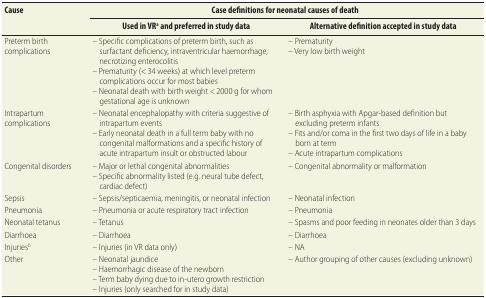
<table><thead><tr><td rowspan="2"><b>Cause</b></td><td colspan="2"><b>Case definitions for neonatal causes of death</b></td></tr><tr><td><b>Used in VR<sup>a</sup> and preferred in study data</b></td><td><b>Alternative definition accepted in study data</b></td></tr></thead><tbody><tr><td>Preterm birth complications</td><td>– Specific complications of preterm birth, such as surfactant deficiency, intraventricular haemorrhage, necrotizing enterocolitis– Prematurity (&lt; 34 weeks) at which level preterm complications occur for most babies– Neonatal death with birth weight &lt; 2000 g for whom gestational age is unknown</td><td>– Prematurity– Very low birth weight</td></tr><tr><td>Intrapartum complications</td><td>– Neonatal encephalopathy with criteria suggestive of intrapartum events– Early neonatal death in a full term baby with no congenital malformations and a specific history of acute intrapartum insult or obstructed labour</td><td>– Birth asphyxia with Apgar-based definition but excluding preterm infants– Fits and/or coma in the first two days of life in a baby born at term– Acute intrapartum complications</td></tr><tr><td>Congenital disorders </td><td>– Major or lethal congenital abnormalities– Specific abnormality listed (e.g. neural tube defect, cardiac defect)</td><td>– Congenital abnormality or malformation</td></tr><tr><td>Sepsis</td><td>– Sepsis/septicaemia, meningitis, or neonatal infection</td><td>– Neonatal infection</td></tr><tr><td>Pneumonia</td><td>– Pneumonia or acute respiratory tract infection</td><td>– Pneumonia</td></tr><tr><td>Neonatal tetanus</td><td>– Tetanus</td><td>– Spasms and poor feeding in neonates older than 3 days</td></tr><tr><td>Diarrhoea</td><td>– Diarrhoea</td><td>– Diarrhoea</td></tr><tr><td>Injuries<sup>b</sup></td><td>– Injuries (in VR data only)</td><td>– NA</td></tr><tr><td>Other</td><td>– Neonatal jaundice– Haemorrhagic disease of the newborn– Term baby dying due to in-utero growth restriction– Injuries (only searched for in study data)</td><td>– Author grouping of other causes (excluding unknown)</td></tr></tbody></table>